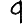
Digit: 9